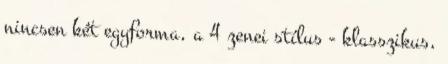
nincsen két egyforma, a 4 zenei stílus - klasszikus,